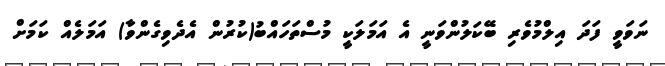
ނަވަވީ ފަދަ އިލްމުވެރި ބޭކަލުންވަނީ އެ އަމަލަކީ މުސްތަހައްބު(ކުރުން އެދެވިގެންވާ) އަމަލެއް ކަމަށް